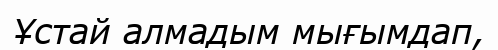
Ұстай алмадым мығымдап,